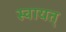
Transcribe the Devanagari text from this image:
स्वायत्